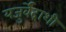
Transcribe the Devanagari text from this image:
यजुर्वेदाशी